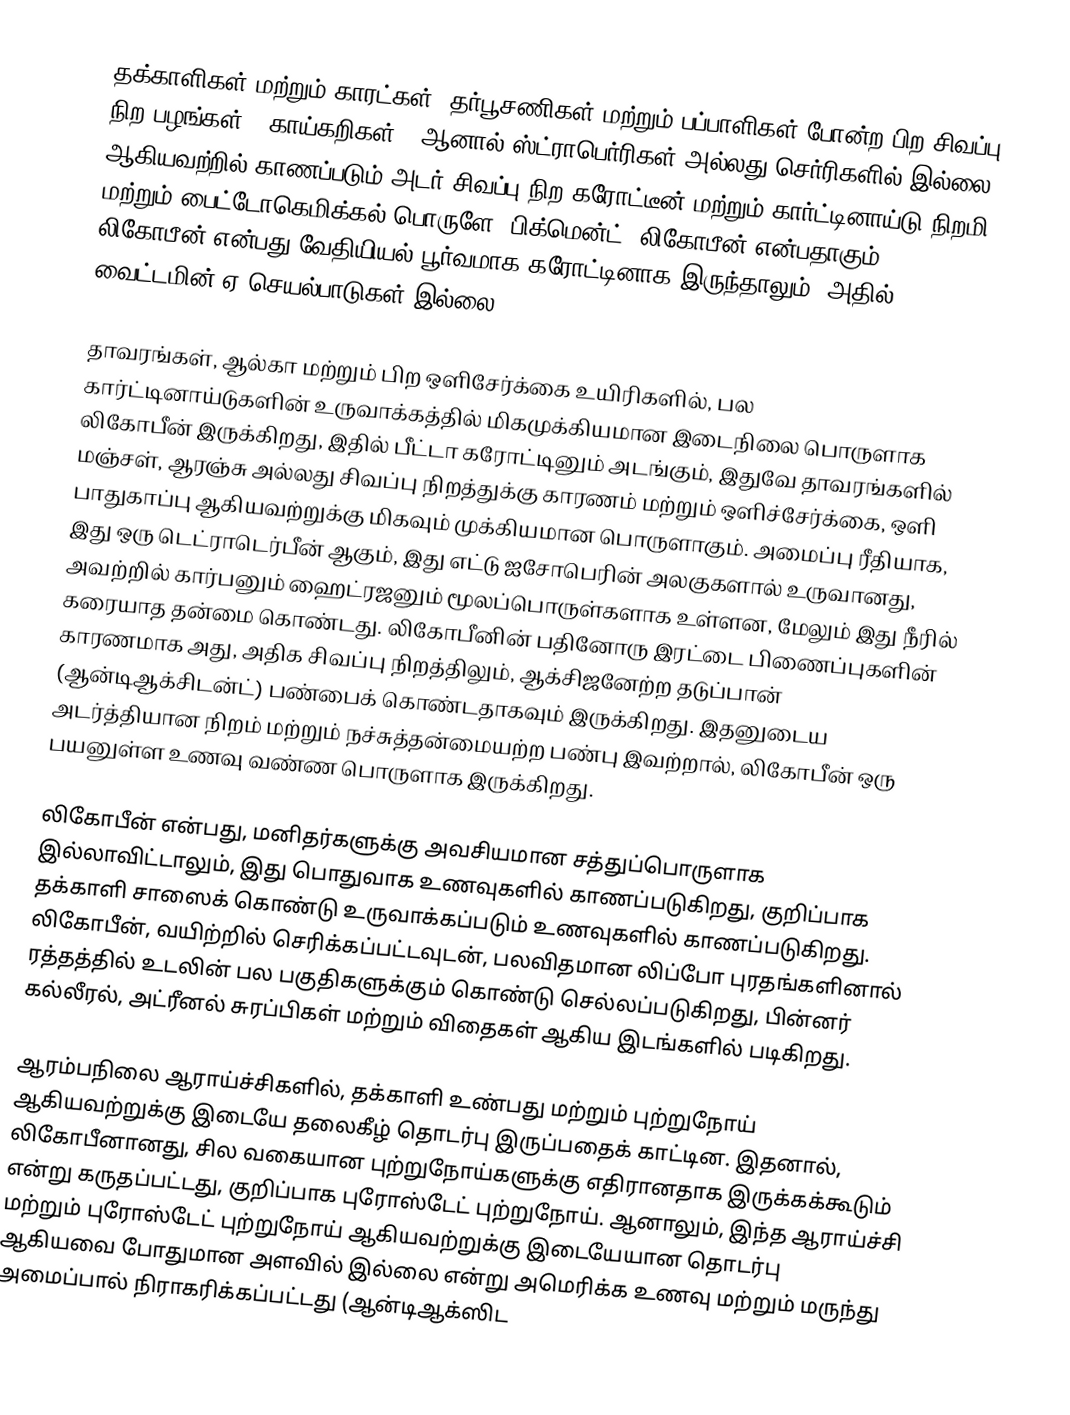
தக்காளிகள் மற்றும் காரட்கள், தர்பூசணிகள் மற்றும் பப்பாளிகள் போன்ற பிற சிவப்பு நிற பழங்கள் & காய்கறிகள், (ஆனால் ஸ்ட்ராபெர்ரிகள் அல்லது செர்ரிகளில் இல்லை) ஆகியவற்றில் காணப்படும் அடர் சிவப்பு நிற கரோட்டீன் மற்றும் கார்ட்டினாய்டு நிறமி மற்றும் பைட்டோகெமிக்கல் பொருளே (பிக்மென்ட்) லிகோபீன் என்பதாகும். லிகோபீன் என்பது வேதியியல் பூர்வமாக கரோட்டினாக இருந்தாலும், அதில் வைட்டமின் ஏ செயல்பாடுகள் இல்லை.

தாவரங்கள், ஆல்கா மற்றும் பிற ஒளிசேர்க்கை உயிரிகளில், பல கார்ட்டினாய்டுகளின் உருவாக்கத்தில் மிகமுக்கியமான இடைநிலை பொருளாக லிகோபீன் இருக்கிறது, இதில் பீட்டா கரோட்டினும் அடங்கும், இதுவே தாவரங்களில் மஞ்சள், ஆரஞ்சு அல்லது சிவப்பு நிறத்துக்கு காரணம் மற்றும் ஒளிச்சேர்க்கை, ஒளி பாதுகாப்பு ஆகியவற்றுக்கு மிகவும் முக்கியமான பொருளாகும். அமைப்பு ரீதியாக, இது ஒரு டெட்ராடெர்பீன் ஆகும், இது எட்டு ஐசோபெரின் அலகுகளால் உருவானது, அவற்றில் கார்பனும் ஹைட்ரஜனும் மூலப்பொருள்களாக உள்ளன, மேலும் இது நீரில் கரையாத தன்மை கொண்டது. லிகோபீனின் பதினோரு இரட்டை பிணைப்புகளின் காரணமாக அது, அதிக சிவப்பு நிறத்திலும், ஆக்சிஜனேற்ற தடுப்பான் (ஆன்டிஆக்சிடன்ட்) பண்பைக் கொண்டதாகவும் இருக்கிறது. இதனுடைய அடர்த்தியான நிறம் மற்றும் நச்சுத்தன்மையற்ற பண்பு இவற்றால், லிகோபீன் ஒரு பயனுள்ள உணவு வண்ண பொருளாக இருக்கிறது.

லிகோபீன் என்பது, மனிதர்களுக்கு அவசியமான சத்துப்பொருளாக இல்லாவிட்டாலும், இது பொதுவாக உணவுகளில் காணப்படுகிறது, குறிப்பாக தக்காளி சாஸைக் கொண்டு உருவாக்கப்படும் உணவுகளில் காணப்படுகிறது. லிகோபீன், வயிற்றில் செரிக்கப்பட்டவுடன், பலவிதமான லிப்போ புரதங்களினால் ரத்தத்தில் உடலின் பல பகுதிகளுக்கும் கொண்டு செல்லப்படுகிறது, பின்னர் கல்லீரல், அட்ரீனல் சுரப்பிகள் மற்றும் விதைகள் ஆகிய இடங்களில் படிகிறது.

ஆரம்பநிலை ஆராய்ச்சிகளில், தக்காளி உண்பது மற்றும் புற்றுநோய் ஆகியவற்றுக்கு இடையே தலைகீழ் தொடர்பு இருப்பதைக் காட்டின. இதனால், லிகோபீனானது, சில வகையான புற்றுநோய்களுக்கு எதிரானதாக இருக்கக்கூடும் என்று கருதப்பட்டது, குறிப்பாக புரோஸ்டேட் புற்றுநோய். ஆனாலும், இந்த ஆராய்ச்சி மற்றும் புரோஸ்டேட் புற்றுநோய் ஆகியவற்றுக்கு இடையேயான தொடர்பு ஆகியவை போதுமான அளவில் இல்லை என்று அமெரிக்க உணவு மற்றும் மருந்து அமைப்பால்  நிராகரிக்கப்பட்டது (ஆன்டிஆக்ஸிட